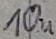
Text: 10u